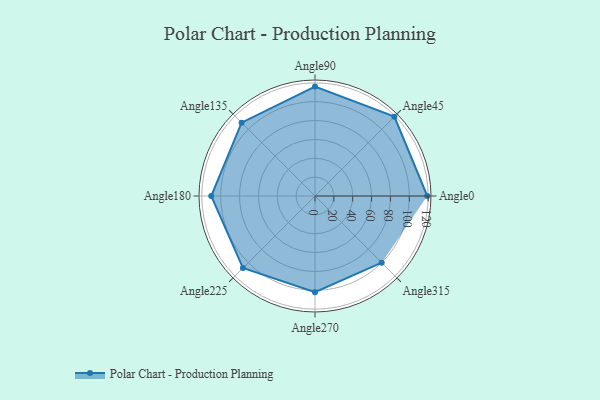
{"axis": {"x": "Angle", "y": "Radius"}, "legend": [""], "data": [{"x": "Angle0", "y": 119.0, "type": ""}, {"x": "Angle45", "y": 119.0, "type": ""}, {"x": "Angle90", "y": 116.0, "type": ""}, {"x": "Angle135", "y": 110.0, "type": ""}, {"x": "Angle180", "y": 110.0, "type": ""}, {"x": "Angle225", "y": 108.0, "type": ""}, {"x": "Angle270", "y": 102.0, "type": ""}, {"x": "Angle315", "y": 100.0, "type": ""}]}